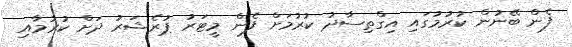
ފެން ބޭނުން ކުރުމުގައި އިގްތިސާދު ކުރުމަށް ފެން މީޓަރު ޕުރެޝަރު ދަށް ކުރުމާއި